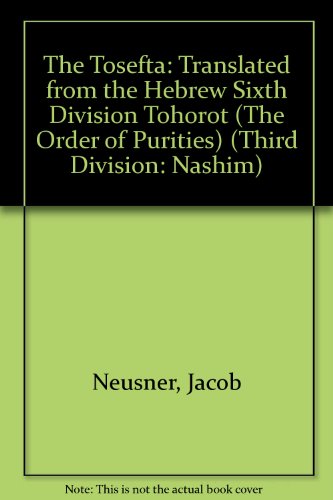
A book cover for The Tosefta: Translated from the Hebrew, Sixth Division, Tohorot; Jacob Neusner; Religion & Spirituality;